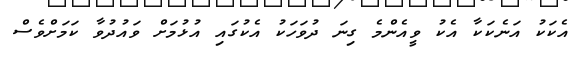
އެކަކު އަނެކަކާ އެކު ވީއެންމެ ގިނަ ދުވަހަކު އެކުގައި އުޅުމަށް ވައުދުވާ ކަމަށްވެސް